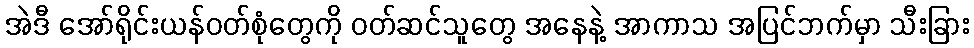
အဲဒီ အော်ရိုင်းယန်ဝတ်စုံတွေကို ဝတ်ဆင်သူတွေ အနေနဲ့ အာကာသ အပြင်ဘက်မှာ သီးခြား